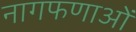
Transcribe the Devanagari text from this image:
नागफणाओं